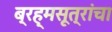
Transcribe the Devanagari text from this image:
ब्रह्मसूत्रांचा